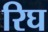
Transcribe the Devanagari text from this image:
रिघ